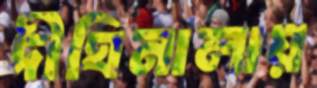
দীঘিনালায়